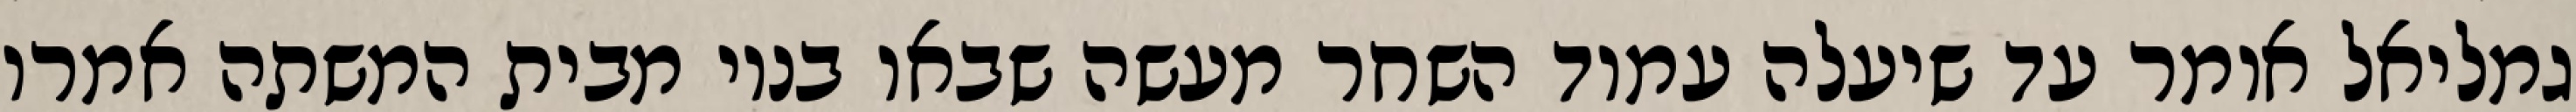
גמליאל אומר עד שיעלה עמוד השחר מעשה שבאו בניו מבית המשתה אמרו